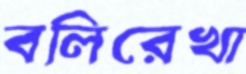
বলিরেখা